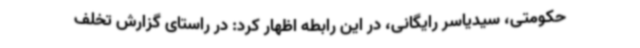
حکومتی، سیدیاسر رایگانی، در این رابطه اظهار کرد: در راستای گزارش تخلف